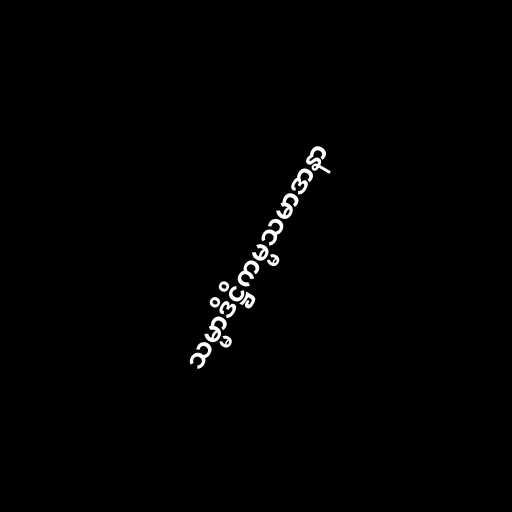
သမ္မာဒိဋ္ဌိကမ္မသမာဒာနာ